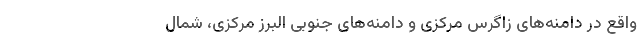
واقع در دامنه‌های زاگرس مرکزی و دامنه‌های جنوبی البرز مرکزی، شمال